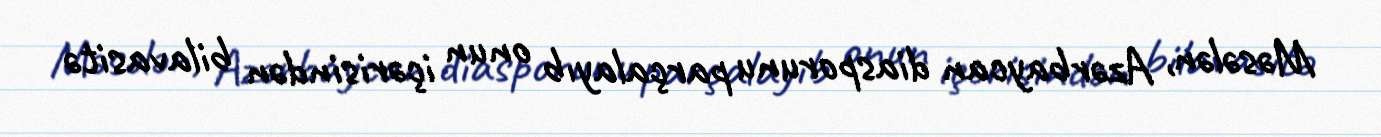
Məsələn, Azərbaycan diasporunu parçalayıb onun içərisindən bilavasitə